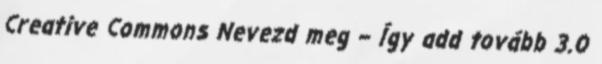
Creative Commons Nevezd meg – Így add tovább 3.0